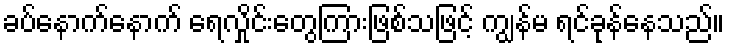
ခပ်နောက်နောက် ရေလှိုင်းတွေကြားဖြစ်သဖြင့် ကျွန်မ ရင်ခုန်နေသည်။